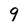
Character: 9